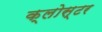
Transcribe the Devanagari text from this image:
क्लोस्टर